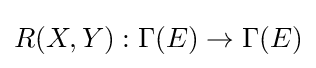
R(X,Y):\Gamma (E)\to \Gamma (E)